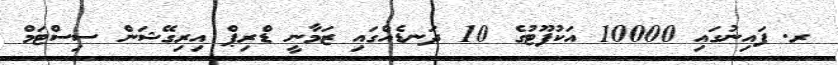
ރ. ފައިނުގައި 10000 އަކުފޫޓުގެ 10 ދަނޑެއްގައި ޒަމާނީ ޑްރިޕް އިރިގޭޝަން ސިސްޓަމް